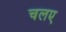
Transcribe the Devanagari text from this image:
चलए